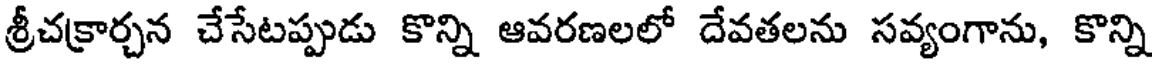
శ్రీచక్రార్చన చేసేటప్పుడు కొన్ని ఆవరణలలో దేవతలను సవ్యంగాను, కొన్ని